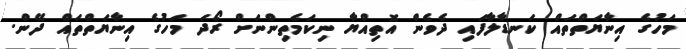
މަހުގެ އިނާޔަތްތައް ކަނޑާލާފައި ދެވެން އޮތިއްޔާ ނިކަމެތިންނަށް ރޯދަ މަހުގެ އިނާޔަތްތައް ދޭން.